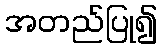
အတည်ပြု၍